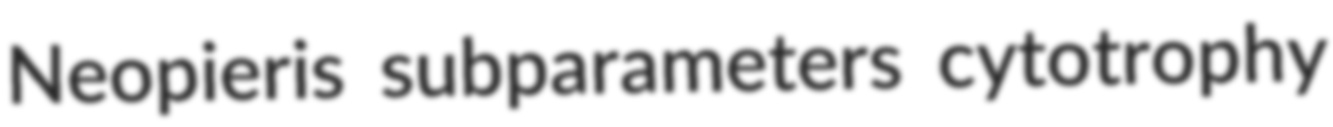
Neopieris subparameters cytotrophy